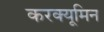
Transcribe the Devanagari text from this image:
करक्यूमिन